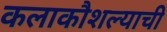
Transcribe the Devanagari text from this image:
कलाकौशल्याची